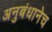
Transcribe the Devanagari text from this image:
अनुबंधानेच